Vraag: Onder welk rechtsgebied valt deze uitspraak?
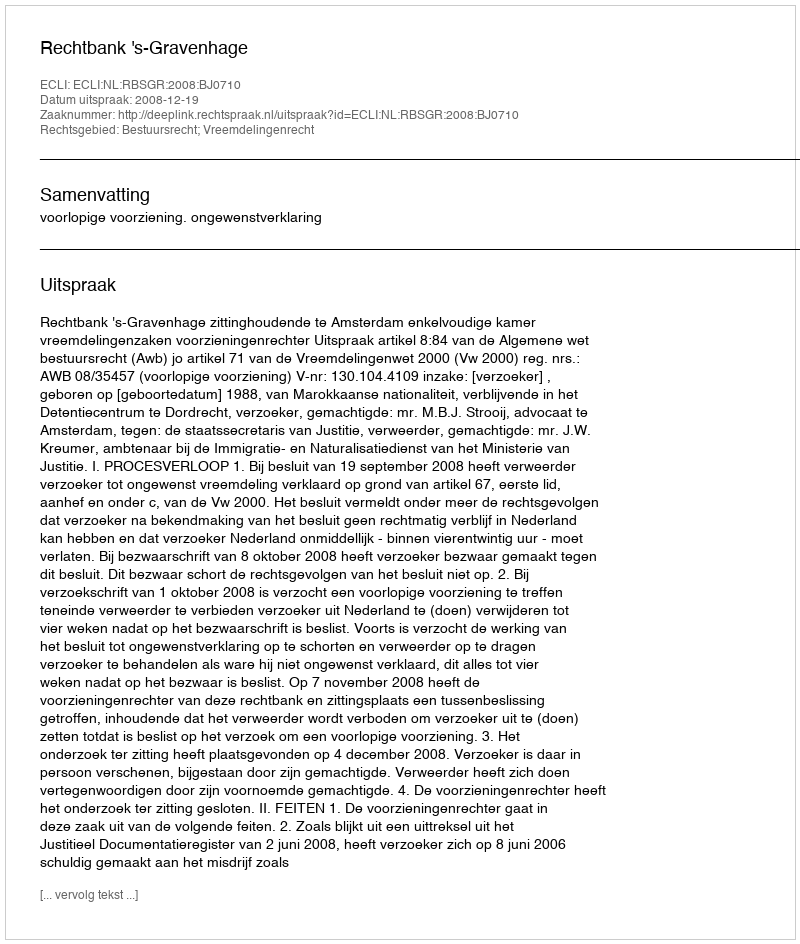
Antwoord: Bestuursrecht; Vreemdelingenrecht